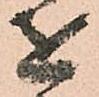
を